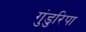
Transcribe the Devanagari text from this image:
गुंडुरिपा